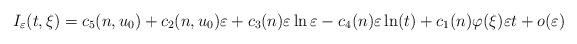
LaTeX: \begin{align*}I_\varepsilon(t,\xi)=c_5(n,u_0)+c_2(n,u_0)\varepsilon+c_3(n) \varepsilon \ln \varepsilon -c_4(n) \varepsilon \ln (t)+c_1(n)\varphi(\xi) \varepsilon t +o(\varepsilon)\end{align*}